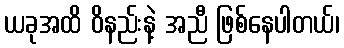
ယခုအထိ ဝိနည်းနဲ့ အညီ ဖြစ်နေပါတယ်၊